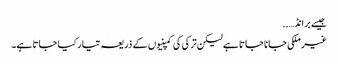
جیسے برانڈ… ..
غیر ملکی جانا جاتا ہے لیکن ترکی کی کمپنیوں کے ذریعہ تیار کیا جاتا ہے۔